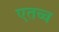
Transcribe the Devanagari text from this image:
एतच्च